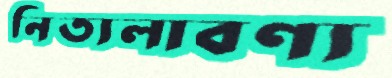
নিত্যলাবণ্য